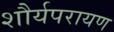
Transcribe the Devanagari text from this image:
शौर्यपरायण